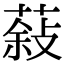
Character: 𮐮